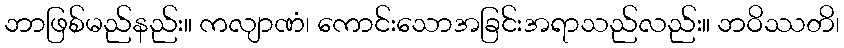
ဘာဖြစ်မည်နည်း။ ကလျာဏံ၊ ကောင်းသောအခြင်းအရာသည်လည်း။ ဘဝိဿတိ၊